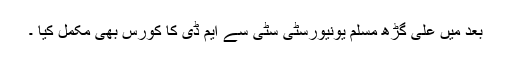
بعد میں علی گڑھ مسلم یونیورسٹی سٹی سے ایم ڈی کا کورس بھی مکمل کیا ۔